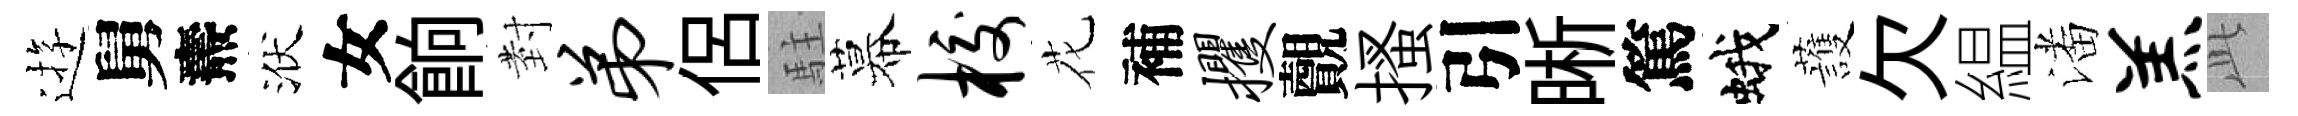
逰舅燾洑女餉𭔹弟侶駐幕校花補攫覿搔引晰篤蛾䕶欠緼潘羔𬼘